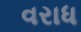
વરાધ